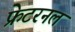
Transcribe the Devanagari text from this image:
फ्रेटरनल